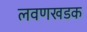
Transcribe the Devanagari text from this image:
लवणखडक